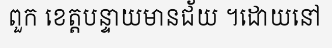
ពួក ខេត្តបន្ទាយមានជ័យ ។ដោយនៅ